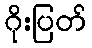
ဂိုးပြတ်